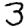
Digit: 3